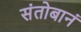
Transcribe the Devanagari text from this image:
संतोबानं